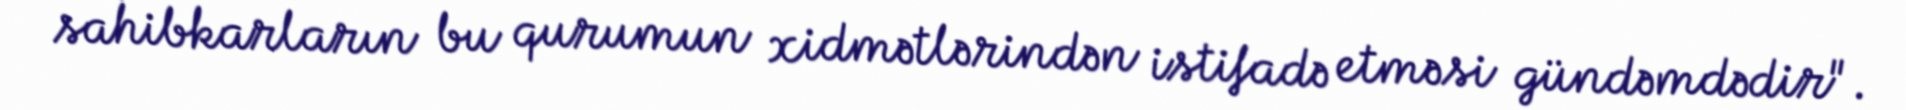
sahibkarların bu qurumun xidmətlərindən istifadə etməsi gündəmdədir".